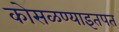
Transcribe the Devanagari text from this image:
कोसळण्याइतपत